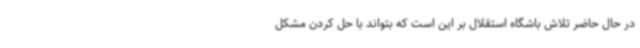
در حال حاضر تلاش باشگاه استقلال بر این است که بتواند با حل کردن مشکل